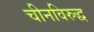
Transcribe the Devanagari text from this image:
चीनविरुद्ध